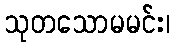
သုတသောမမင်း၊